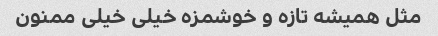
مثل همیشه تازه و خوشمزه خیلی خیلی ممنون